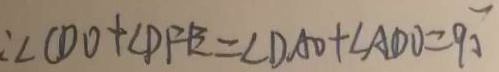
: \angle C D O + \angle D F E = \angle D A O + \angle A D O = 9 0 ^ { \circ }